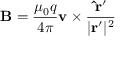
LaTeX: \mathbf { B } = { \frac { \mu _ { 0 } q } { 4 \pi } } \mathbf { v } \times { \frac { \mathbf { { \hat { r } } ^ { \prime } } } { | \mathbf { r } ^ { \prime } | ^ { 2 } } }